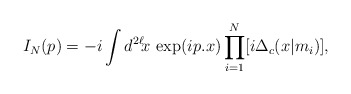
\begin{align*}I_N(p) = -i\int d^{2\ell}\!x\,\exp(ip.x)\prod_{i=1}^N[i\Delta_c(x|m_i)],\end{align*}